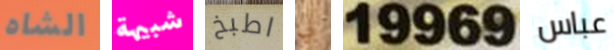
الشاه شبيهة اطبخ لي 19969 عباس